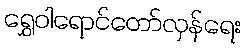
ရွှေဝါရောင်တော်လှန်ရေး